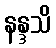
နန္ဒသိ